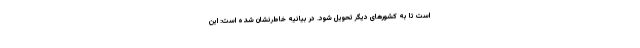
است تا به کشور‌های دیگر تحویل شود. در بیانیه خاطرنشان شده است: این